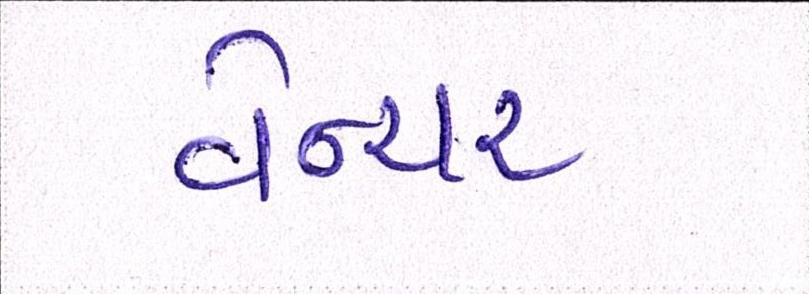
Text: વેન્ચર